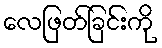
လေဖြတ်ခြင်းကို